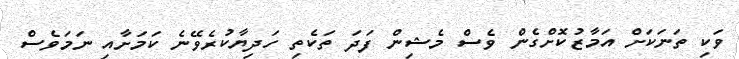
ވަކި ތަނަކަށް އަމާޒުކޮށްގެން ވެސް މެޝިން ފަދަ ތަކެތި ހަދިޔާކުރެވޭނެ ކަމަށާއި ނަމަވެސް